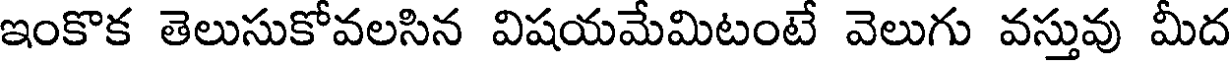
ఇంకొక తెలుసుకోవలసిన విషయమేమిటంటే వెలుగు వస్తువు మీద